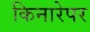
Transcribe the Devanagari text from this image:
किनारेपर